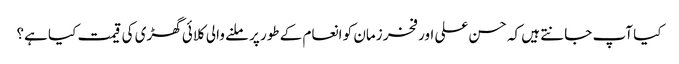
کیا آپ جانتے ہیں کہ حسن علی اور فخر زمان کو انعام کے طور پر ملنے والی کلائی گھڑی کی قیمت کیا ہے؟